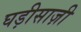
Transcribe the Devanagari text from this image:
घड़ीसाज़ी